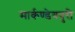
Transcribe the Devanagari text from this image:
मार्कण्डेयपुरी